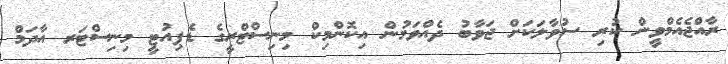
ރާއްޖެއެމްވީން ކުރި ސުވާލަކަށް ޖަވާބު ދެއްވަމުން އިކޮންމިކް މިނިސްޓްރީގެ ޑެޕިއުޓީ މިނިސްޓަރ އާދަމް